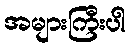
အများကြီးပါ